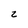
Character: z